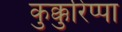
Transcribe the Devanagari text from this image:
कुक्कुरिप्पा